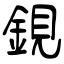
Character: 鋧